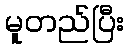
မူတည်ပြီး